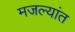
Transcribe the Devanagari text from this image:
मजल्यांत